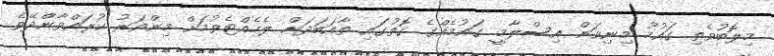
މިލޮބުވެތި ގައުމު މިނިވަން އިސްލާމީ ގައުމެއްގެ ގޮތުގައި ތާއަބަދަށް ލެހެއްޓެވުމަށް މިންވަރު ކުރައްވާންދޭވެ.